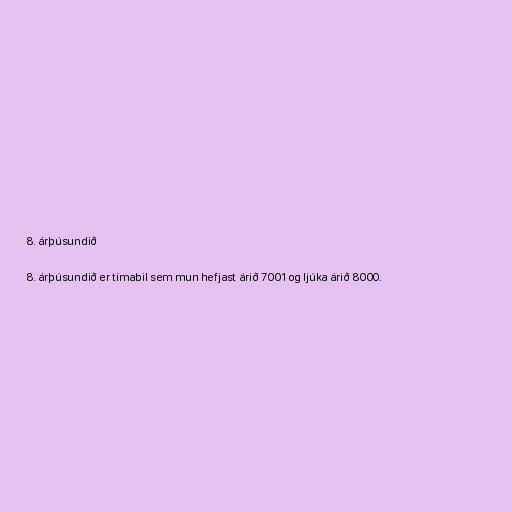
8. árþúsundið

8. árþúsundið er tímabil sem mun hefjast árið 7001 og ljúka árið 8000.